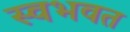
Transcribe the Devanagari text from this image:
स्वभवत